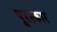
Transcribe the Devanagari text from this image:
पूरस्कार